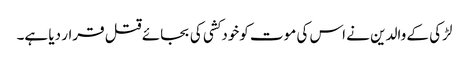
لڑکی کے والدین نے اس کی موت کوخودکشی کی بجائے قتل قرار دیا ہے۔